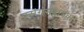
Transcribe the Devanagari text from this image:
प्रसंगसहायक